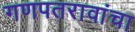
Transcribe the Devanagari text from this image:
गणपतरावांचा